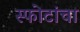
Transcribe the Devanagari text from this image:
स्फोटांचा